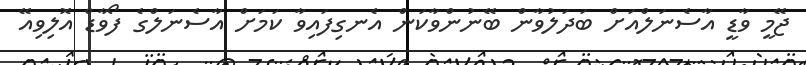
ޖޭމީ ވާޑީ އާސެނަލްއަށް ބަދަލުވާން ބޭނުންވާކަން އެނގިފައިވާ ކަމަށް އާސެނަލްގެ ފޯވާޑް އޮލިވިއޭ